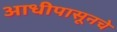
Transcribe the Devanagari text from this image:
आधीपासूनचे